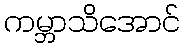
ကမ္ဘာသိအောင်